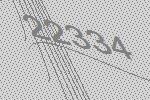
22334